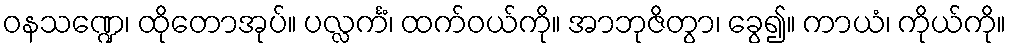
ဝနသဏ္ဍေ၊ ထိုတောအုပ်။ ပလ္လင်္ကံ၊ ထက်ဝယ်ကို။ အာဘုဇိတွာ၊ ခွေ၍။ ကာယံ၊ ကိုယ်ကို။